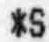
*S